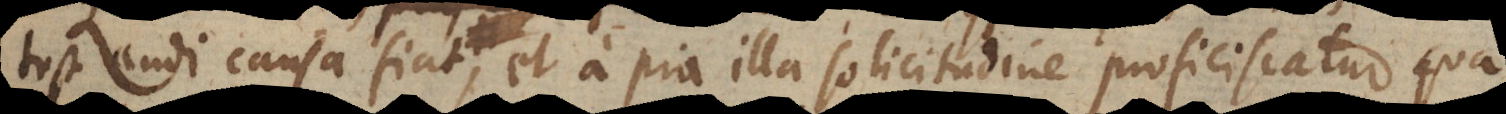
testandi causa fiat, et a pia illa solicitudine proficiscatur qua